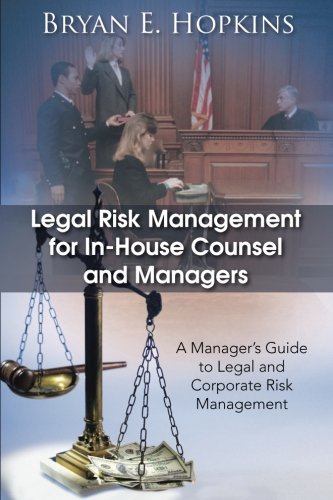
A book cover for Legal Risk Management for In-House Counsel and Managers: A ManagerEEs Guide to Legal and Corporate Risk Management; Bryan E. Hopkins; Business & Money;